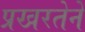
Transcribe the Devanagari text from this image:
प्रखरतेने